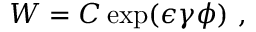
W = C \exp ( \epsilon \gamma \phi ) ~ ,